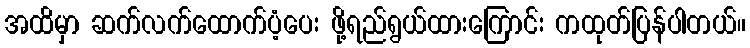
အထိမှာ ဆက်လက်ထောက်ပံ့ပေး ဖို့ရည်ရွယ်ထားကြောင်း ကထုတ်ပြန်ပါတယ်။